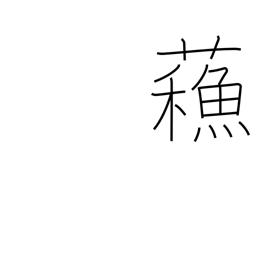
Meaning: revived